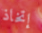
إتخاذ